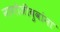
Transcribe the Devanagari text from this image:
नागोजीबुवांना